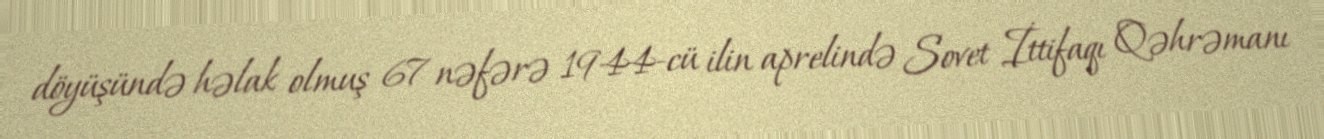
döyüşündə həlak olmuş 67 nəfərə 1944-cü ilin aprelində Sovet İttifaqı Qəhrəmanı